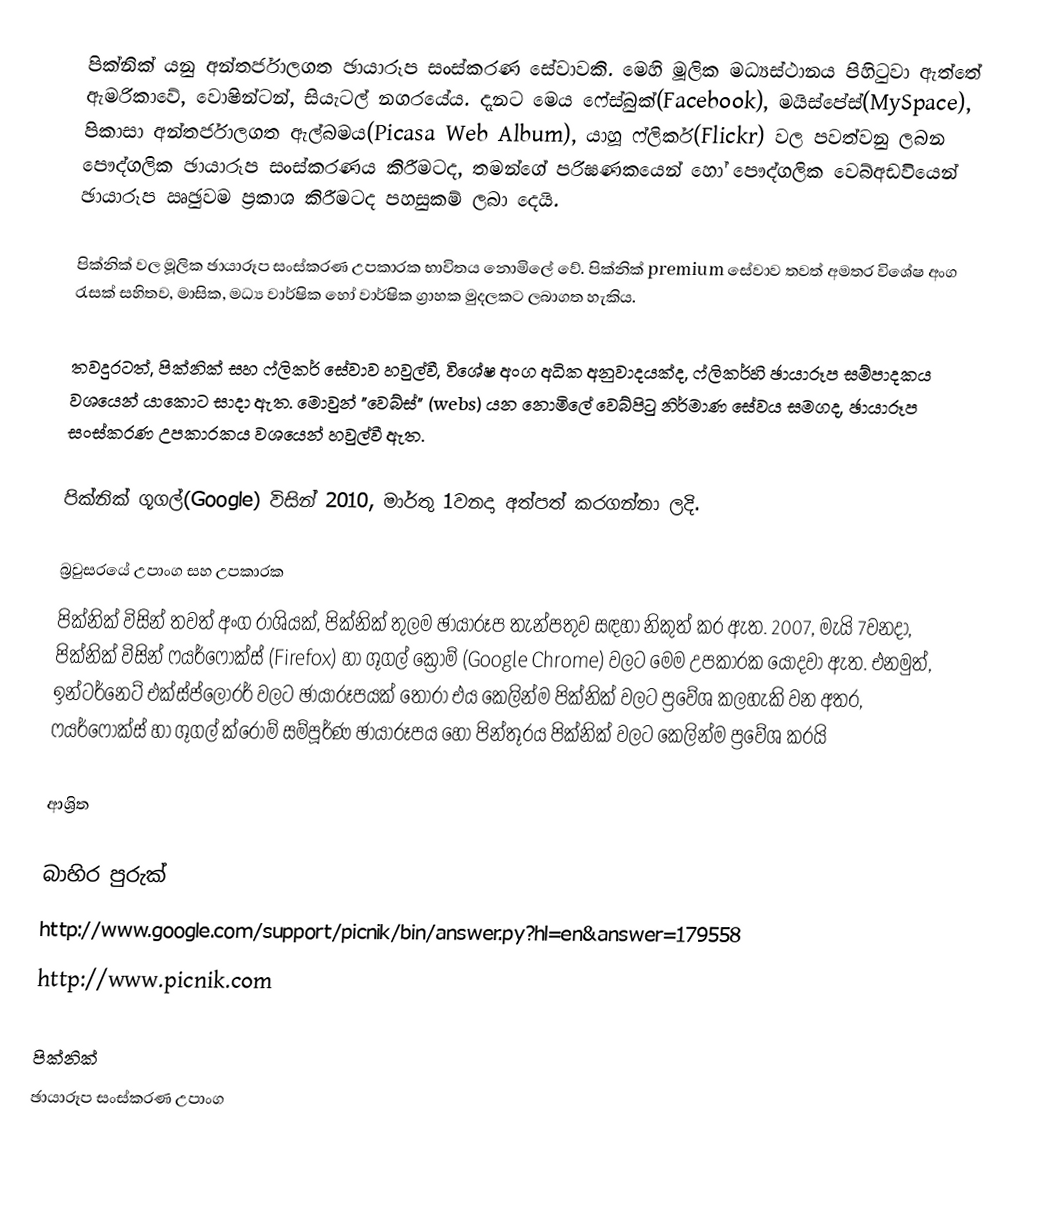
පික්නික් යනු අන්තර්ජාලගත ඡායාරූප සංස්කරණ සේවාවකි. මෙහි මූලික මධ්‍යස්ථානය පිහිටුවා ඇත්තේ ඇමරිකාවේ, වොෂින්ටන්, සියැටල් නගරයේය. දැනට මෙය ෆේස්බුක්(Facebook), මයිස්පේස්(MySpace), පිකාසා අන්තර්ජාලගත ඇල්බමය(Picasa Web Album), යාහූ ෆ්ලිකර්(Flickr) වල පවත්වනු ලබන පෞද්ගලික ඡායාරූප සංස්කරණය කිරීමටද, තමන්ගේ පරිඝණකයෙන් හෝ පෞද්ගලික වෙබ්අඩවියෙන් ඡායාරූප ඍඡුවම ප්‍රකාශ කිරීමටද පහසුකම් ලබා දෙයි.

පික්නික් වල මූලික ඡායාරූප සංස්කරණ උපකාරක භාවිතය නොමිලේ වේ. පික්නික් premium සේවාව තවත් අමතර විශේෂ අංග රැසක් සහිතව, මාසික, මධ්‍ය වාර්ෂික හෝ වාර්ෂික ග්‍රාහක මුදලකට ලබාගත හැකිය.

තවදුරටත්, පික්නික් සහ ෆ්ලිකර් සේවාව හවුල්වී, විශේෂ අංග අධික අනුවාදයක්ද, ෆ්ලිකර්හි ඡායාරූප සම්පාදකය වශයෙන් යාකොට සාදා ඇත. මොවුන් "වෙබ්ස්" (webs) යන නොමිලේ වෙබ්පිටු නිර්මාණ සේවය සමගද, ඡායාරූප සංස්කරණ උපකාරකය වශයෙන් හවුල්වී ඇත.

පික්නික් ගූගල්(Google) විසින් 2010, මාර්තු 1වනදා අත්පත් කරගන්නා ලදි.

බ්‍රවුසරයේ උපාංග සහ උපකාරක
පික්නික් විසින් තවත් අංග රාශියක්, පික්නික් තුලම ඡායාරූප තැන්පතුව සඳහා නිකුත් කර ඇත. 2007, මැයි 7වනදා, පික්නික් විසින් ෆයර්ෆොක්ස් (Firefox) හා ගූගල් ක්‍රෝම් (Google Chrome) වලට මෙම උපකාරක යොදවා ඇත. එනමුත්, ඉන්ටර්නෙට් එක්ස්ප්ලෝරර් වලට ඡායාරූපයක් තෝරා එය කෙලින්ම පික්නික් වලට ප්‍රවේශ කලහැකි වන අතර, ෆයර්ෆොක්ස් හා ගූගල් ක්රෝම් සම්පූර්ණ ඡායාරූපය හෝ පින්තූරය පික්නික් වලට කෙලින්ම ප්‍රවේශ කරයි

ආශ්‍රිත

බාහිර පුරුක්
http://www.google.com/support/picnik/bin/answer.py?hl=en&answer=179558
http://www.picnik.com

පික්නික්
ඡායාරූප සංස්කරණ උපාංග